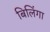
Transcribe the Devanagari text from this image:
बिलिंगा